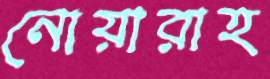
নোয়ারাহ